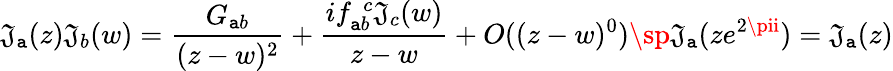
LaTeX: \mathfrak{J}_{\mathtt{a}}(z)\mathfrak{J}_{b}(w)=\frac{{G_{\mathtt{a}b}}}{{(z-w)^{2}}}+\frac{{if_{\mathtt{a}b}^{\ \ c}\mathfrak{J}_{c}(w)}}{{z-w}}+O((z-w)^{0})\sp\mathfrak{J}_{\mathtt{a}}(ze^{2\pii})=\mathfrak{J}_{\mathtt{a}}(z)